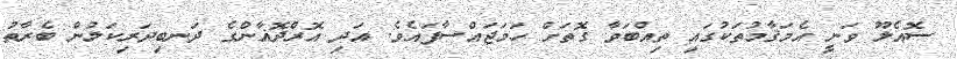
ސޮއެލޫ ވަނީ އެމަޤާމުތަކުގައި ތިއްބަވާ ގޮތަށް ހަމަޖައްސާފައެވެ. އަދި އޮރްދޮޣާންގެ ދަނބިދަރިކަލުން ބެރާތު